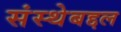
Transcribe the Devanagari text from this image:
संस्थेबद्दल